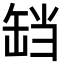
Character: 𬙏